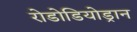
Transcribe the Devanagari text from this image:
रोडोडियोड्रान